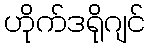
ဟိုက်ဒရိုဂျင်